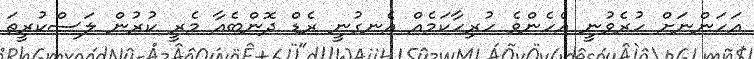
އަހަންނަށް ހުރެވުނީ އެހެންވެ ހުރިހާކަމެއް އެނގުނީ ރެޑް ދޮންބެއާ މެރީ ކުރުން ލަސްކުރީތަ